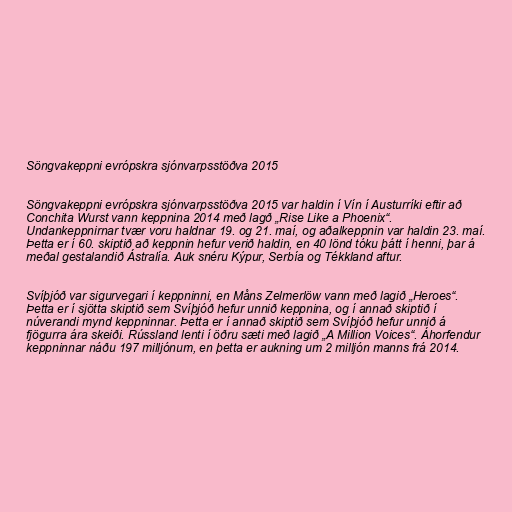
Söngvakeppni evrópskra sjónvarpsstöðva 2015

Söngvakeppni evrópskra sjónvarpsstöðva 2015 var haldin í Vín í Austurríki eftir að
Conchita Wurst vann keppnina 2014 með lagð „Rise Like a Phoenix“.
Undankeppnirnar tvær voru haldnar 19. og 21. maí, og aðalkeppnin var haldin 23. maí.
Þetta er í 60. skiptið að keppnin hefur verið haldin, en 40 lönd tóku þátt í henni, þar á
meðal gestalandið Ástralía. Auk snéru Kýpur, Serbía og Tékkland aftur.

Svíþjóð var sigurvegari í keppninni, en Måns Zelmerlöw vann með lagið „Heroes“.
Þetta er í sjötta skiptið sem Svíþjóð hefur unnið keppnina, og í annað skiptið í
núverandi mynd keppninnar. Þetta er í annað skiptið sem Svíþjóð hefur unnið á
fjögurra ára skeiði. Rússland lenti í öðru sæti með lagið „A Million Voices“. Áhorfendur
keppninnar náðu 197 milljónum, en þetta er aukning um 2 milljón manns frá 2014.